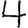
Digit: 4